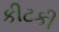
કીટકી